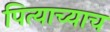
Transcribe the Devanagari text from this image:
पित्याच्याच